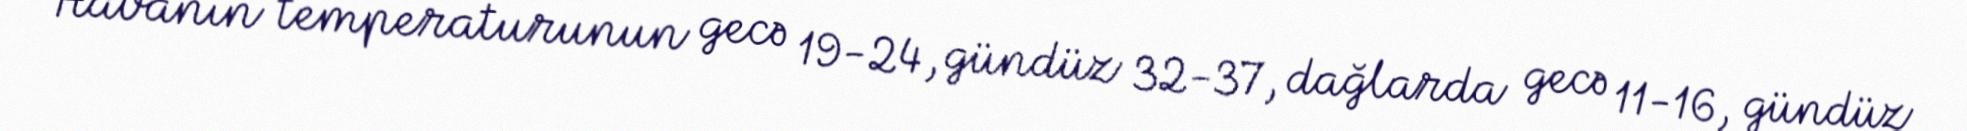
Havanın temperaturunun gecə 19-24, gündüz 32-37, dağlarda gecə 11-16, gündüz